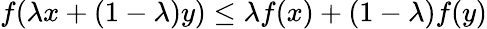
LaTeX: f(\lambda x+(1-\lambda)y)\leq\lambda f(x)+(1-\lambda)f(y)